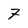
Character: 7